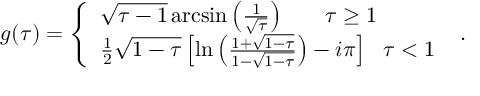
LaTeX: g ( \tau ) = \left\{ \begin{array} { l } { { \sqrt { \tau - 1 } \, \mathrm { a r c s i n } \left( \frac { 1 } { \sqrt { \tau } } \right) \, \, \, \, \, \, \, \, \, \, \, \tau \geq 1 } } \\ { { \frac { 1 } { 2 } \sqrt { 1 - \tau } \left[ \mathrm { l n } \left( \frac { 1 + \sqrt { 1 - \tau } } { 1 - \sqrt { 1 - \tau } } \right) - i \pi \right] \, \, \, \, \tau < 1 } } \end{array} \right. \, \, .